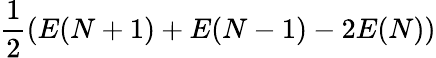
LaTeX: \frac{1}{2}(E(N+1)+E(N-1)-2E(N))